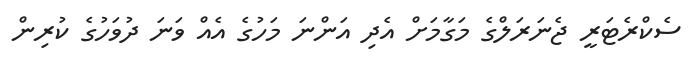
ސެކްރެޓަރީ ޖެނަރަލްގެ މަގާމަށް އެދި އަންނަ މަހުގެ އެއް ވަނަ ދުވަހުގެ ކުރިން